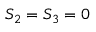
S _ { 2 } = S _ { 3 } = 0